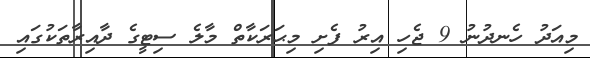
މިއަދު ހެނދުނު 9 ޖެހި އިރު ފެށި މިޙަރަކާތް މާލެ ސިޓީގެ ދާއިރާތަކުގައި